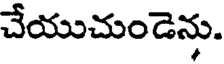
చేయుచుండెను.